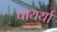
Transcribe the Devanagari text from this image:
पायर्या